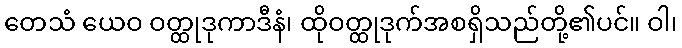
တေသံ ယေဝ ဝတ္ထုဒုကာဒီနံ၊ ထိုဝတ္ထုဒုက်အစရှိသည်တို့၏ပင်။ ဝါ၊